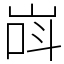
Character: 㟕